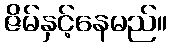
ဇိမ်နှင့်နေမည်။